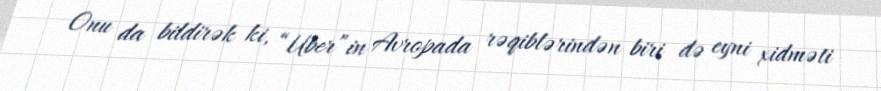
Onu da bildirək ki, “Uber”in Avropada rəqiblərindən biri də eyni xidməti